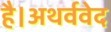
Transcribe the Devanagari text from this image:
है।अथर्ववेद